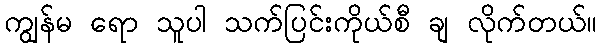
ကျွန်မ ရော သူပါ သက်ပြင်းကိုယ်စီ ချ လိုက်တယ်။